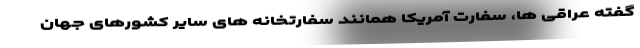
گفته عراقی ها، سفارت آمریکا همانند سفارتخانه های سایر کشورهای جهان